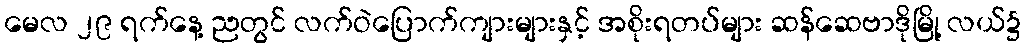
မေလ ၂၉ ရက်နေ့ ညတွင် လက်ဝဲပြောက်ကျားများနှင့် အစိုးရတပ်များ ဆန်ဆေဗာဒိုမြို့ လယ်၌